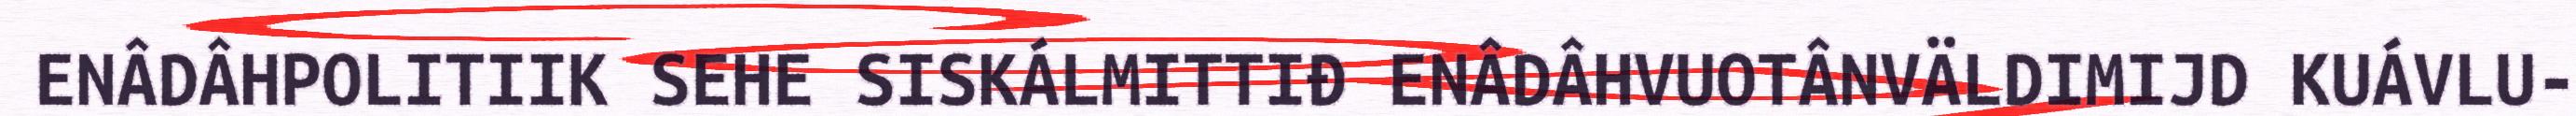
ENÂDÂHPOLITIIK SEHE SISKÁLMITTIĐ ENÂDÂHVUOTÂNVÄLDIMIJD KUÁVLU-